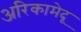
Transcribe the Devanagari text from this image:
अरिकामेदू